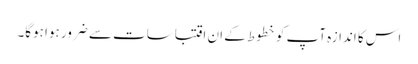
اس کا اندازہ آپ کو خطوط کے ان اقتباسات سے ضرور ہوا ہوگا۔